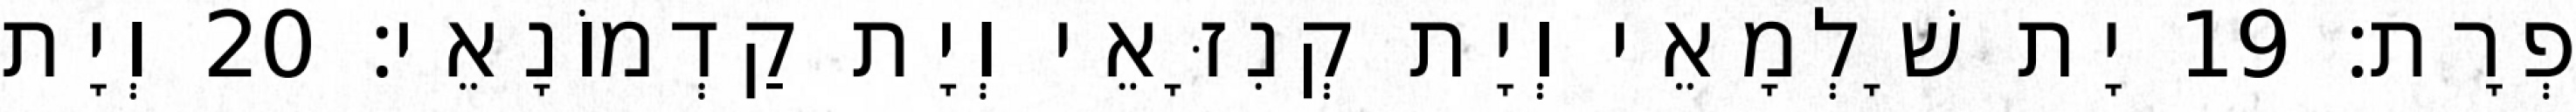
פְרָת׃ 19 יָת שָׁלְמָאֵי וְיָת קְנִזָּאֵי וְיָת קַדְמוֹנָאֵי׃ 20 וְיָת